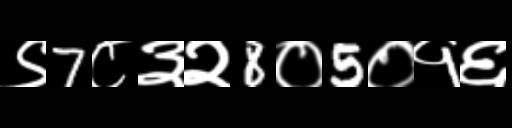
Text: ९7८३२8०5०१६